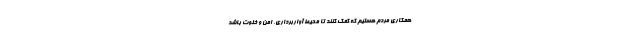
همکاری مردم هستیم که کمک کنند تا محیط آواربرداری، امن و خلوت باشد